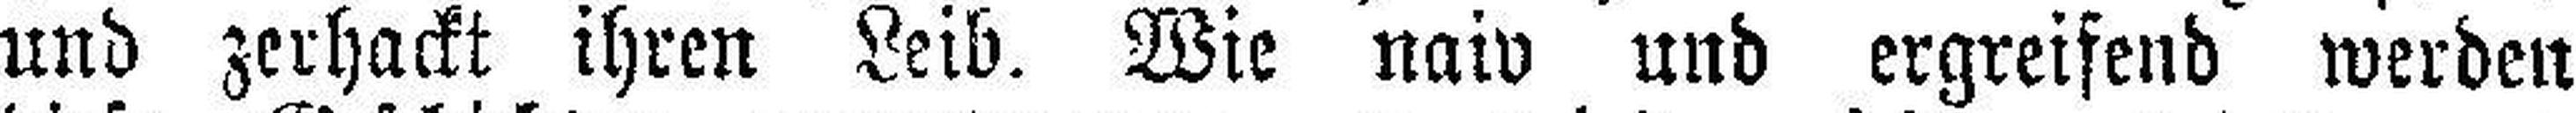
und zerhackt ihren Leib. Wie naiv und ergreifend werden